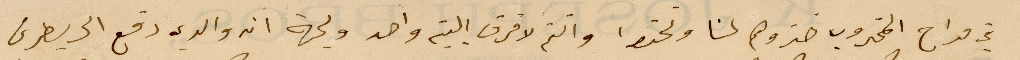
في مداح المخروب خبروهم لنا وتحتوا وانتم لا فرق البيت واحد ولجهة انه والدي دفع الى بطرس